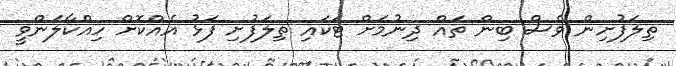
ތިލަފުށިން ވެސް ބިން ތައް ދިނުމަށް ޓަކައި ތިލަފުށި ފަޅު އެއްކޮށް ހިއްކާލަންވީ